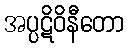
အပ္ပဋိဝိနီတော